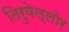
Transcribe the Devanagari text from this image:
तिरुवेल्लोर